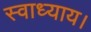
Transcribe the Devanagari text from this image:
स्वाध्याय।